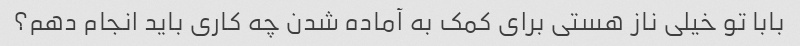
بابا تو خیلی ناز هستی برای کمک به آماده شدن چه کاری باید انجام دهم؟